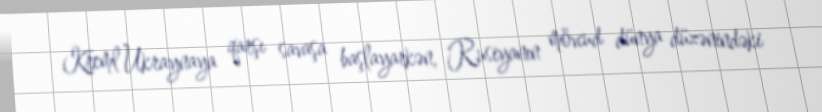
Kreml Ukraynaya qarşı savaşa başlayarkən, Rusiyanın mövcud dünya düzənindəki